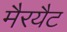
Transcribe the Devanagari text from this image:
मैरयैट